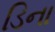
ડિના